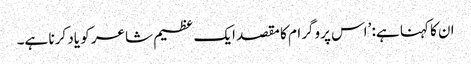
ان کا کہنا ہے: ’اس پروگرام کا مقصد ایک عظیم شاعر کو یاد کرنا ہے۔